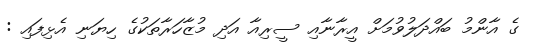
ގެ އާންމު ބައްދަލުވުމަށް އީރާނާއި ސީރިއާ އަދި މުޒާހަރާތަކުގެ ހިޔަނި އެޅިފައި :